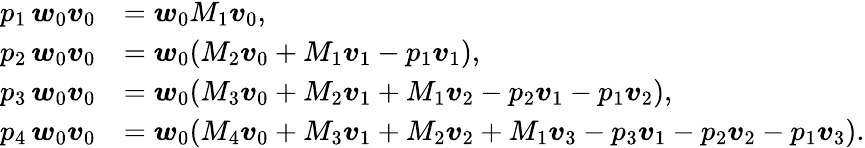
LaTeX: \begin{array}{rl}{p_{1}\, \boldsymbol{w}_{0}\boldsymbol{v}_{0}}&{=\boldsymbol{w}_{0}M_{1}\boldsymbol{v}_{0},}\\ {p_{2}\, \boldsymbol{w}_{0}\boldsymbol{v}_{0}}&{=\boldsymbol{w}_{0}(M_{2}\boldsymbol{v}_{0}+M_{1}\boldsymbol{v}_{1}-p_{1}\boldsymbol{v}_{1}),}\\ {p_{3}\, \boldsymbol{w}_{0}\boldsymbol{v}_{0}}&{=\boldsymbol{w}_{0}(M_{3}\boldsymbol{v}_{0}+M_{2}\boldsymbol{v}_{1}+M_{1}\boldsymbol{v}_{2}-p_{2}\boldsymbol{v}_{1}-p_{1}\boldsymbol{v}_{2}),}\\ {p_{4}\, \boldsymbol{w}_{0}\boldsymbol{v}_{0}}&{=\boldsymbol{w}_{0}(M_{4}\boldsymbol{v}_{0}+M_{3}\boldsymbol{v}_{1}+M_{2}\boldsymbol{v}_{2}+M_{1}\boldsymbol{v}_{3}-p_{3}\boldsymbol{v}_{1}-p_{2}\boldsymbol{v}_{2}-p_{1}\boldsymbol{v}_{3}).}\end{array}